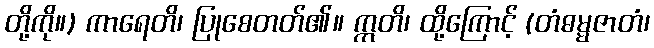
တို့ကို။) ကာရေတိ၊ ပြုစေတတ်၏။ ဣတိ၊ ထို့ကြောင့် (တံဓမ္မဇာတံ၊